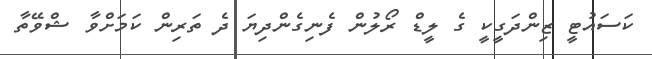
ކަސައުޓީ ޒިންދަގީކީ ގެ ލީޑް ރޯލުން ފެނިގެންދިޔަ ދެ ތަރިން ކަމަށްވާ ޝްވޭތާ